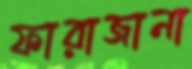
ফারাজানা